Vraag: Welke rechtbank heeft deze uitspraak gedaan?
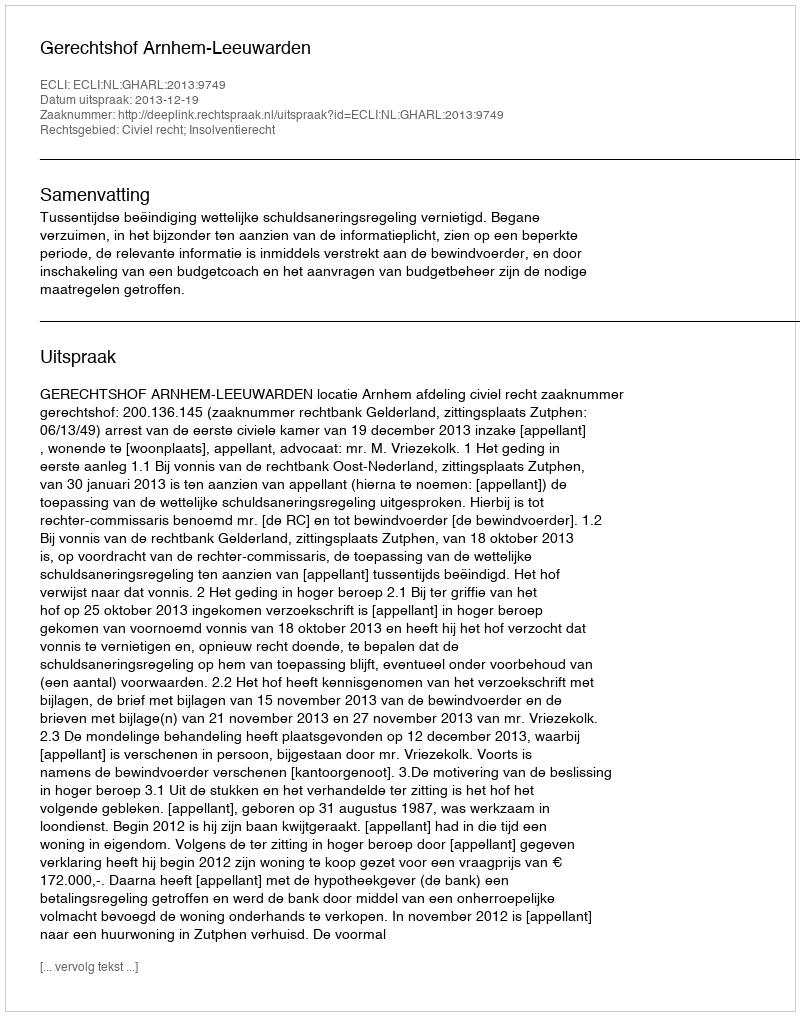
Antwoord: Gerechtshof Arnhem-Leeuwarden